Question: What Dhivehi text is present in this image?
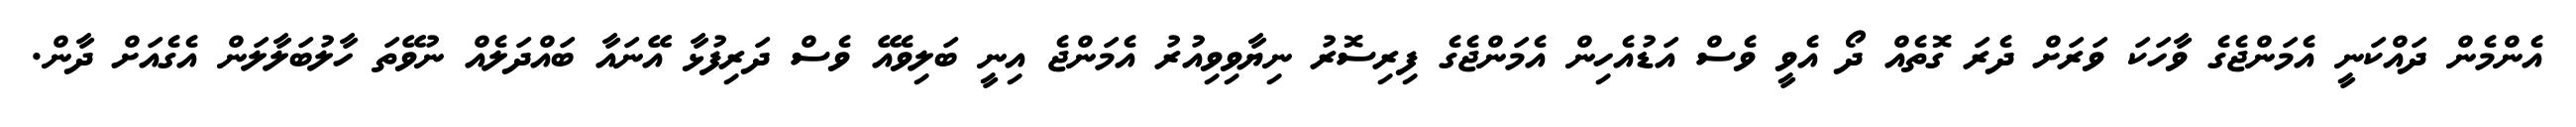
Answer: އެންމެން ދައްކަނީ އެމަންޖެގެ ވާހަކަ ވަރަށް ދެރަ ގޮތެއް ދޯ އެވީ ވެސް އަޑުއެހިން އެމަންޖެގެ ފިރިސޮރު ނިޔާވިވިއުރު އެމަންޖެ އިނީ ބަލިވެއޭ ވެސް ދަރިފުޅާ އޭނައާ ބައްދަލެއް ނުވޭތަ ހާލުބަލާލަން އެގެއަށް ދާން.